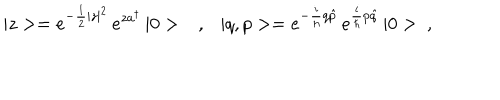
| z > = e ^ { - \frac { 1 } { 2 } | z | ^ { 2 } } \, e ^ { z a ^ { \dagger } } \, | 0 > \ \ \ , \ \ \ | q , p > = e ^ { - \frac { i } { \hbar } q \hat { p } } \, e ^ { \frac { i } { \hbar } p \hat { q } } \, | 0 > \ ,